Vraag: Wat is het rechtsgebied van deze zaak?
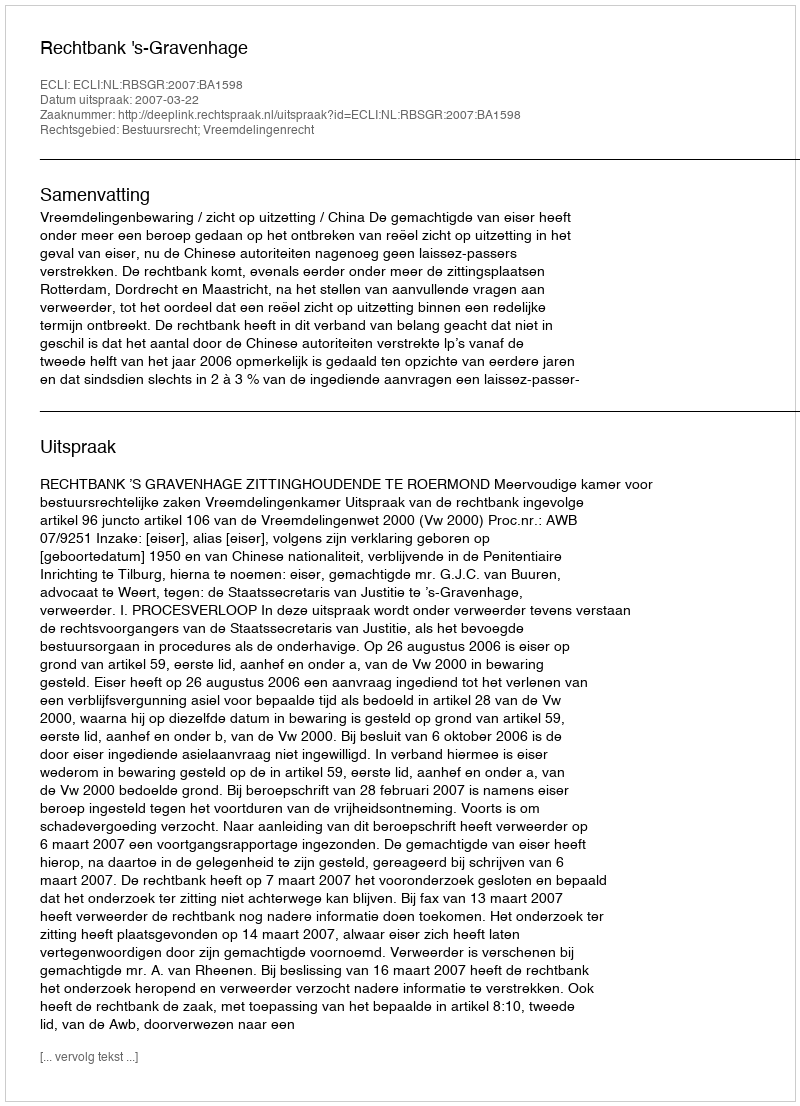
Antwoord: Bestuursrecht; Vreemdelingenrecht